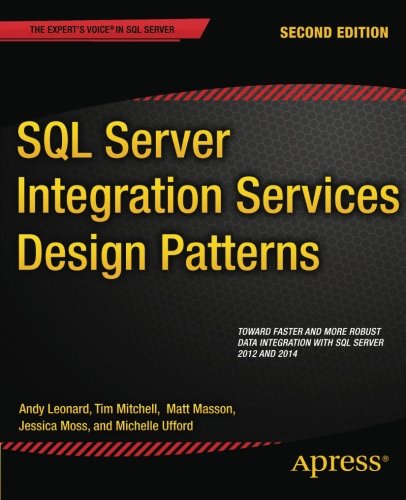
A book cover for SQL Server Integration Services Design Patterns; Andy Leonard; Computers & Technology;